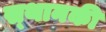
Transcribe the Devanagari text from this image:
स्‍थानकी